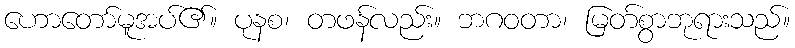
ဟောတော်မူအပ်၏။ ပုနစ၊ တဖန်လည်း။ ဘဂဝတာ၊ မြတ်စွာဘုရားသည်။